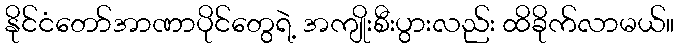
နိုင်ငံတော်အာဏာပိုင်တွေရဲ့ အကျိုးစီးပွားလည်း ထိခိုက်လာမယ်။